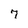
Character: 7